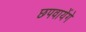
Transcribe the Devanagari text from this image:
छपवायेंगे